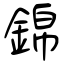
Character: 錦